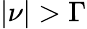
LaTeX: \vert\nu\vert>\Gamma